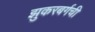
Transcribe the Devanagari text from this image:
झुकरबर्गची